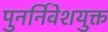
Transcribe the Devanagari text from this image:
पुनर्निवेशयुक्त